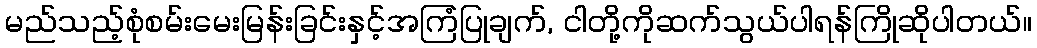
မည်သည့်စုံစမ်းမေးမြန်းခြင်းနှင့်အကြံပြုချက်, ငါတို့ကိုဆက်သွယ်ပါရန်ကြိုဆိုပါတယ်။